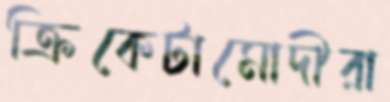
ক্রিকেটামোদীরা